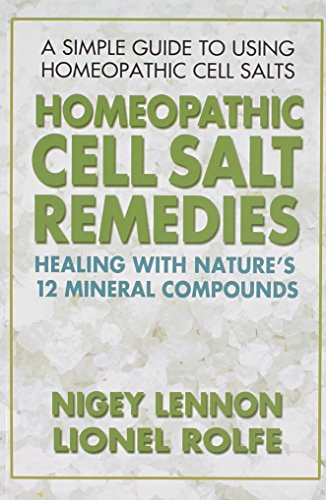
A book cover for Homeopathic Cell Salt Remedies: Healing with Nature's Twelve Mineral Compounds; Nigey Lennon; Health, Fitness & Dieting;